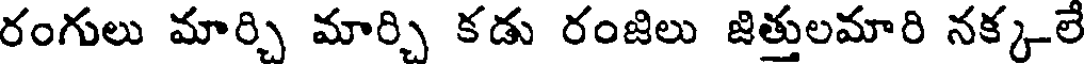
రంగులు మార్చి మార్చి కడు రంజిలు జిత్తులమారి నక్క-లే